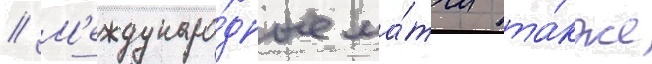
// М'еждунаро́дные ма́тчи та́кже